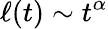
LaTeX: \ell(t)\sim t^{\alpha}